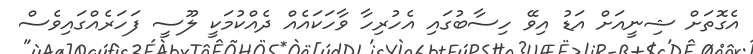
އެގޮތަށް ޝިނީއަށް އަޑު އިވޭ ހިސާބުގައި އެހުރިހާ ވާހަކައެއް ދެއްކުމަކީ ލޫސީ ފަހަރެއްގައިވެސް